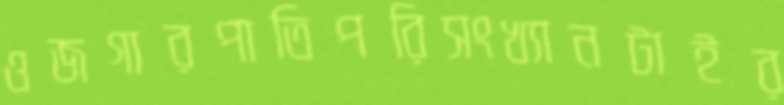
ওজগারপাতিপরিসংখ্যানটাইর